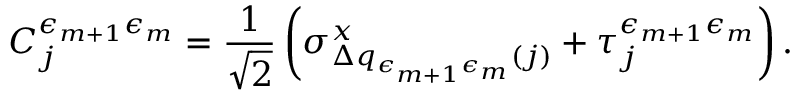
C _ { j } ^ { \epsilon _ { m + 1 } \epsilon _ { m } } = \frac { 1 } { \sqrt { 2 } } \left( \sigma _ { \Delta q _ { \epsilon _ { m + 1 } \epsilon _ { m } } ( j ) } ^ { x } + \tau _ { j } ^ { \epsilon _ { m + 1 } \epsilon _ { m } } \right) .